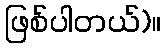
ဖြစ်ပါတယ်)။